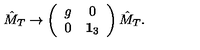
\hat { M } _ { T } \rightarrow \left( \begin{array} { c c } { g } & { 0 } \\ { 0 } & { { \bf 1 } _ { 3 } } \\ \end{array} \right) \hat { M } _ { T } .